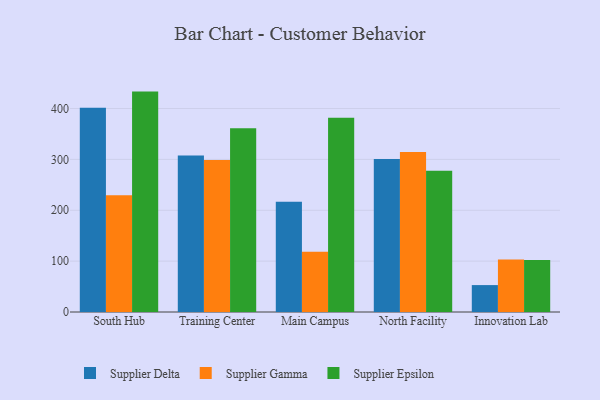
{"axis": {"x": "Campus", "y": "Headcount"}, "legend": ["Supplier Delta", "Supplier Epsilon", "Supplier Gamma"], "data": [{"x": "South Hub", "y": 401.7, "type": "Supplier Delta"}, {"x": "South Hub", "y": 229.5, "type": "Supplier Gamma"}, {"x": "South Hub", "y": 433.3, "type": "Supplier Epsilon"}, {"x": "Training Center", "y": 307.5, "type": "Supplier Delta"}, {"x": "Training Center", "y": 298.7, "type": "Supplier Gamma"}, {"x": "Training Center", "y": 361.4, "type": "Supplier Epsilon"}, {"x": "Main Campus", "y": 216.9, "type": "Supplier Delta"}, {"x": "Main Campus", "y": 118.3, "type": "Supplier Gamma"}, {"x": "Main Campus", "y": 382.0, "type": "Supplier Epsilon"}, {"x": "North Facility", "y": 301.0, "type": "Supplier Delta"}, {"x": "North Facility", "y": 314.4, "type": "Supplier Gamma"}, {"x": "North Facility", "y": 277.9, "type": "Supplier Epsilon"}, {"x": "Innovation Lab", "y": 52.9, "type": "Supplier Delta"}, {"x": "Innovation Lab", "y": 103.4, "type": "Supplier Gamma"}, {"x": "Innovation Lab", "y": 102.0, "type": "Supplier Epsilon"}]}